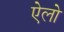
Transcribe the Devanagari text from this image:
ऐलो